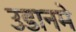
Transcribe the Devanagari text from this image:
उडानमे